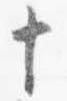
十